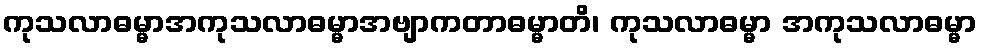
ကုသလာဓမ္မာအကုသလာဓမ္မာအဗျာကတာဓမ္မာတိ၊ ကုသလာဓမ္မာ အကုသလာဓမ္မာ